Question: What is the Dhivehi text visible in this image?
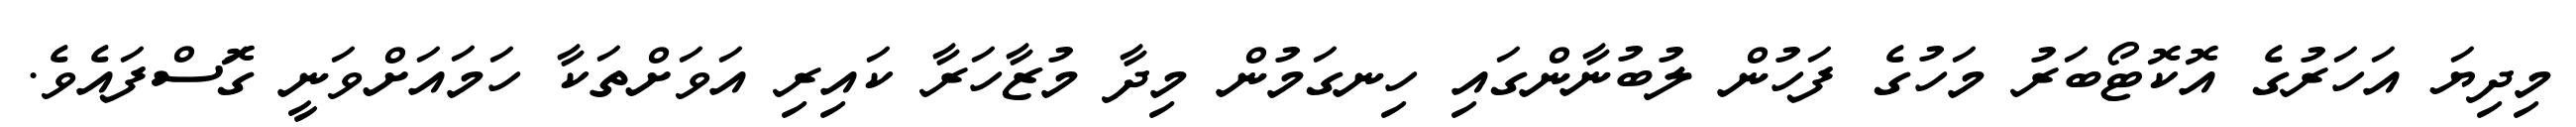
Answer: މިދިޔަ އަހަރުގެ އޮކޮޓޯބަރު މަހުގެ ފަހުން ލުބުނާންގައި ހިނގަމުން މިދާ މުޒާހަރާ ކައިރި އަވަށްތަކާ ހަމައަށްވަނީ ގޮަސްފައެވެ.